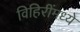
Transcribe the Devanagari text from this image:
विहिरींमध्ये